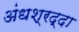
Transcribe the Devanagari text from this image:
अंधश्रद्दा